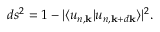
d s ^ { 2 } = 1 - | \langle u _ { n , \mathbf { k } } | u _ { n , \mathbf { k } + d \mathbf { k } } \rangle | ^ { 2 } .